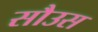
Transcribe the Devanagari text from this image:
सौउस